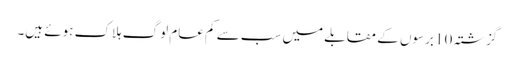
گزشتہ 10 برسوں کے مقابلے میں سب سے کم عام لوگ ہلاک ہوئے ہیں۔